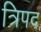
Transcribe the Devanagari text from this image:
त्रिपद